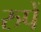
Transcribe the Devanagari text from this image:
रुपें